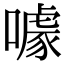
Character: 噱